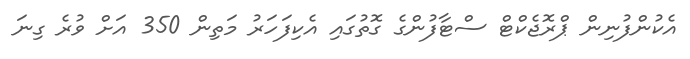
އެކުންފުނިން ޕްރޮޖެކްޓް ސްޓާފުންގެ ގޮތުގައި އެކިފަހަރު މަތިން 350 އަށް ވުރެ ގިނަ